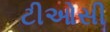
ટીઓસી